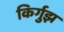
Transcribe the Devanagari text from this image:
किर्गुझ